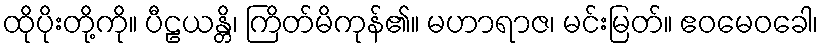
ထိုပိုးတို့ကို။ ပီဠယန္တိ၊ ကြိတ်မိကုန်၏။ မဟာရာဇ၊ မင်းမြတ်။ ဧဝမေဝခေါ၊